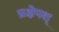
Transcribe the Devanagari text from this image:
प्रक्षेपश्